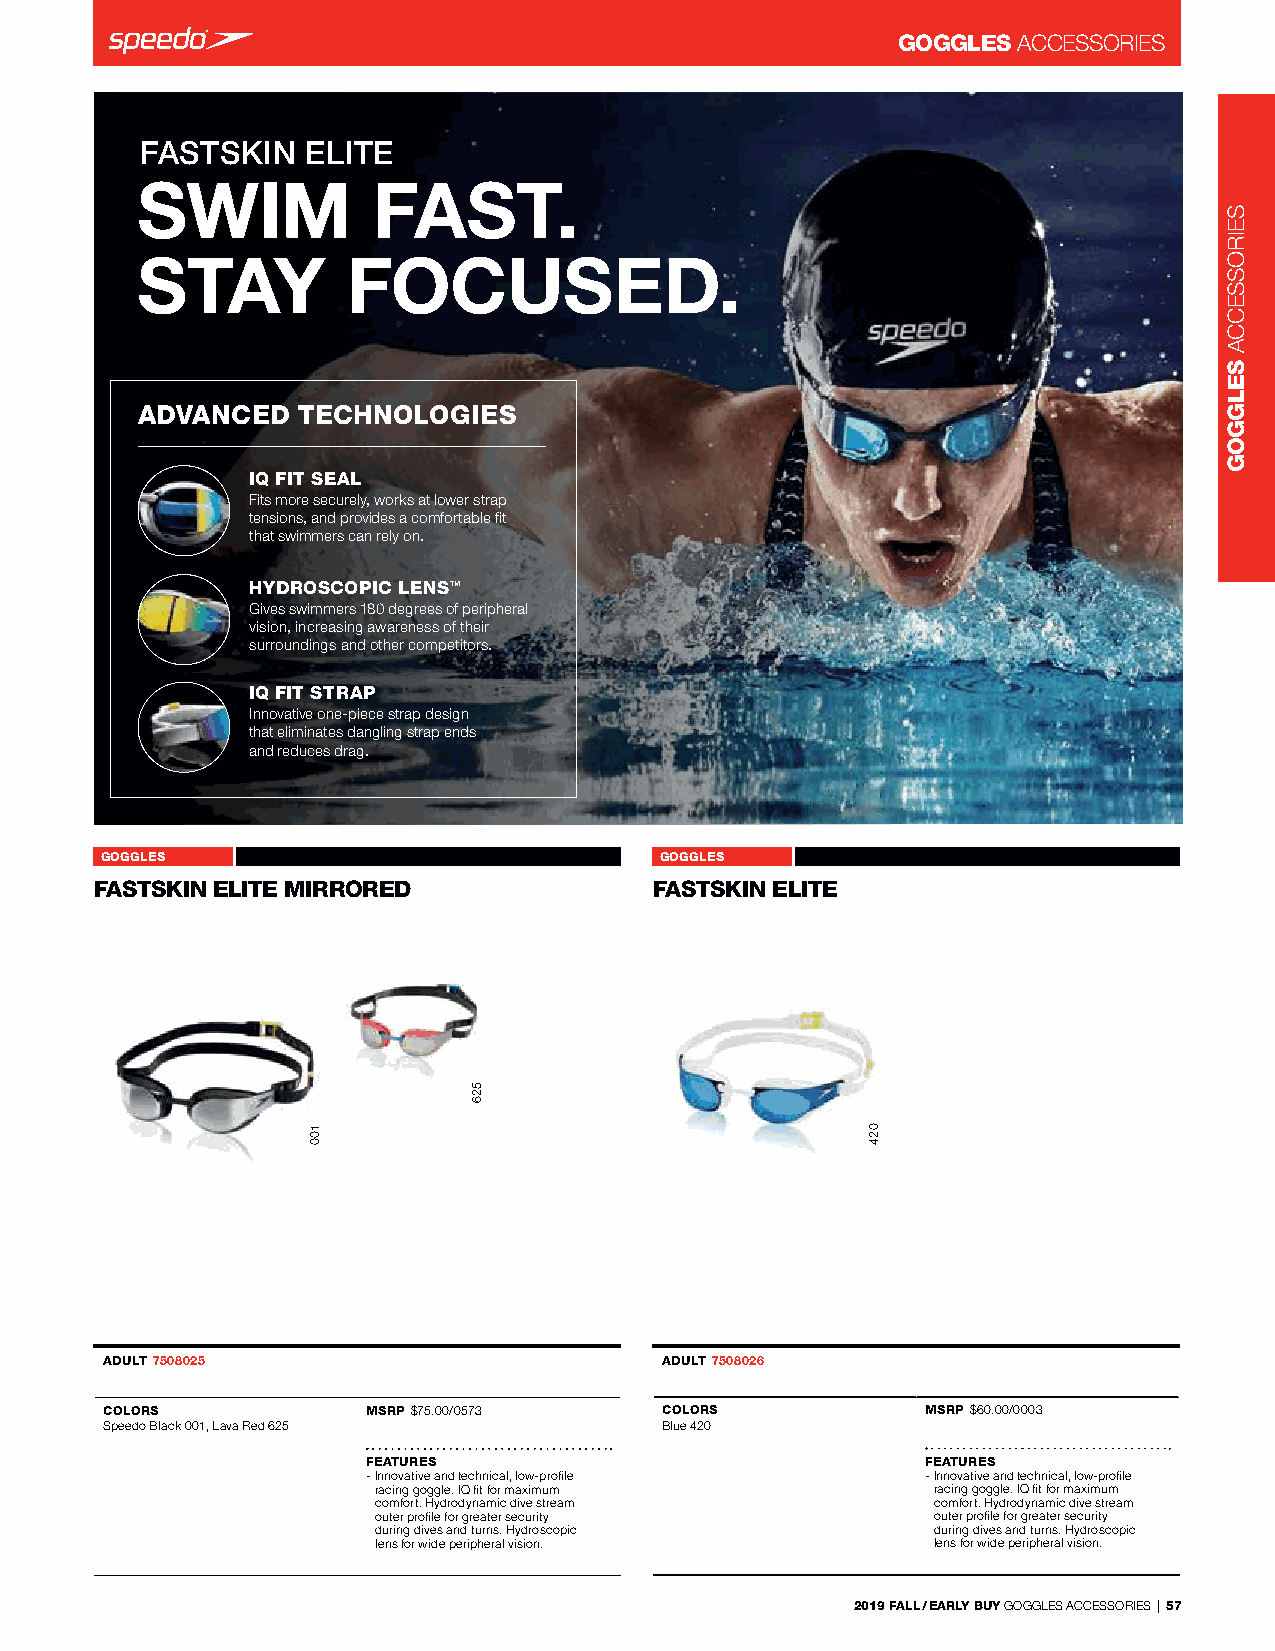
GOGGLES ACCessorIes
 FASTSKIN   ELITE
 SWIM            FAST.
 STAY          FOCUSED.
 ADVANCED   TECHNOLOGIES
 IQ FIT SEAL
 Fits more securely, works at lower strap
 tensions, and provides a comfortable fit
 that swimmers can rely on.
 HYDROSCOPIC LENSTM
 Gives swimmers 180 degrees of peripheral
 vision, increasing awareness of their
 surroundings and other competitors.
 IQ FIT STRAP
 Innovative one-piece strap design
 that eliminates dangling strap ends
 and reduces drag.
 GOGGLES          FASTSKIN ELITE MIRRORED 7508025 GOGGLES FASTSKIN ELITE 7508026
 FASTSKIN ELITE MIRRO-RED             FASTSKIN ELITE    -
 -                                    -
 ADULT 7508025                        ADULT 7508026
 COLORS           MSRP $75.00/0573    COLORS           MSRP $60.00/0003
 speedo Black 001, lava red 625       Blue 420
 FEATURES                             FEATURES
 - Innovative and technical, low-profile - Innovative and technical, low-profile
 racing goggle. IQ fit for maximum    racing goggle. IQ fit for maximum
 comfort. Hydrodynamic dive stream    comfort. Hydrodynamic dive stream
 outer profile for greater security   outer profile for greater security
 during dives and turns. Hydroscopic  during dives and turns. Hydroscopic
 lens for wide peripheral vision.     lens for wide peripheral vision.
 2019 FALL / EARLY BUY GoGGles ACCessorIes | 57
 100
 526
 024
 seIrosseCCA
 SELGGOG